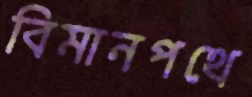
বিমানপথে